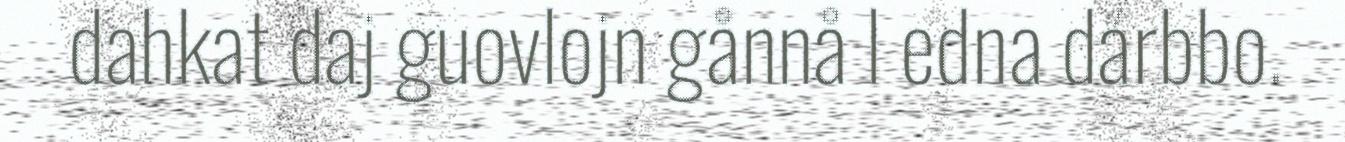
dahkat daj guovlojn gånnå l edna dárbbo.